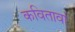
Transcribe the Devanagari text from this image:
कवितावां